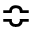
\Bumpeq